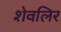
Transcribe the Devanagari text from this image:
शेवलिर